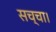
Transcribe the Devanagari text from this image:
सच्चा।